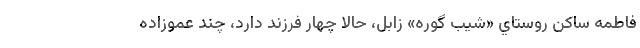
فاطمه ساكن روستاي «شيب گوره» زابل، حالا چهار فرزند دارد، چند عموزاده